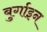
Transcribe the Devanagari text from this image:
बुर्गाइन